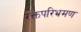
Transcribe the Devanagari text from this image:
रक्तपरिभ्रमण